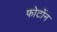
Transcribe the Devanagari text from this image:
फोटोंन